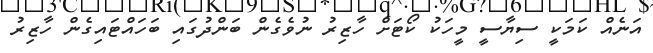
އަނެއް ކަމަކީ ސިޔާސީ މީހަކު ކޯޓަށް ހާޒިރު ނުވެގެން ބަންދުގައި ބަހައްޓައިިގެން ހާޒިރު